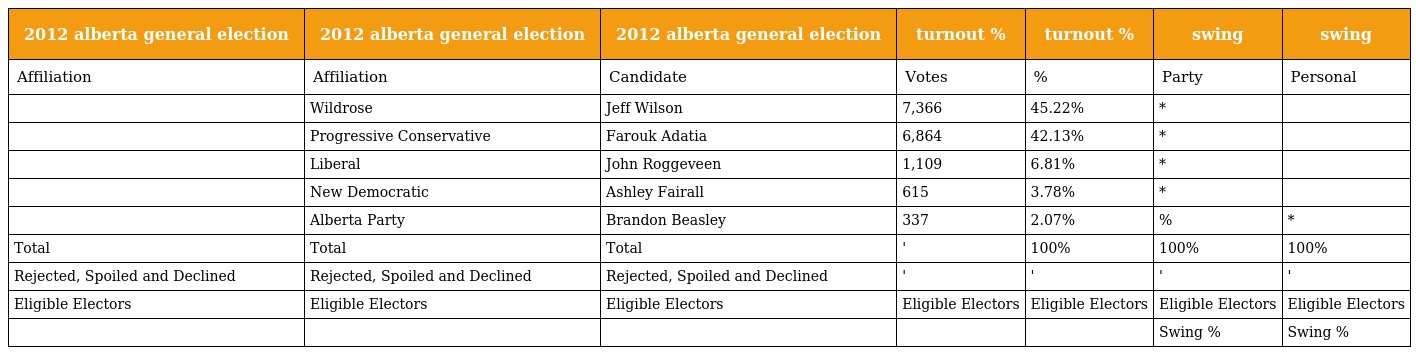
| 2012 alberta general election | 2012 alberta general election | 2012 alberta general election | turnout % | turnout % | swing | swing |
 | --- | --- | --- | --- | --- | --- | --- |
 | Affiliation | Affiliation | Candidate | Votes | % | Party | Personal |
 |  | Wildrose | Jeff Wilson | 7,366 | 45.22% | * |  |
 |  | Progressive Conservative | Farouk Adatia | 6,864 | 42.13% | * |  |
 |  | Liberal | John Roggeveen | 1,109 | 6.81% | * |  |
 |  | New Democratic | Ashley Fairall | 615 | 3.78% | * |  |
 |  | Alberta Party | Brandon Beasley | 337 | 2.07% | % | * |
 | Total | Total | Total | ' | 100% | 100% | 100% |
 | Rejected, Spoiled and Declined | Rejected, Spoiled and Declined | Rejected, Spoiled and Declined | ' | ' | ' | ' |
 | Eligible Electors | Eligible Electors | Eligible Electors | Eligible Electors | Eligible Electors | Eligible Electors | Eligible Electors |
 |  |  |  |  |  | Swing % | Swing % |